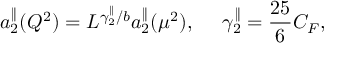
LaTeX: a _ { 2 } ^ { \parallel } ( Q ^ { 2 } ) = L ^ { \gamma _ { 2 } ^ { \parallel } / b } a _ { 2 } ^ { \parallel } ( \mu ^ { 2 } ) , ~ ~ ~ ~ \gamma _ { 2 } ^ { \parallel } = \frac { 2 5 } { 6 } C _ { F } ,